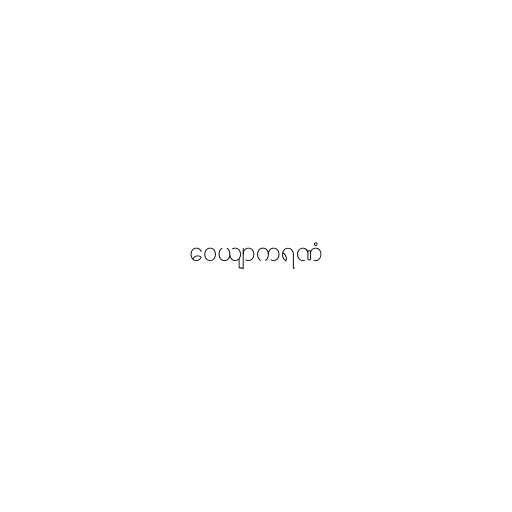
ဝေယျာကရဏံ